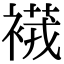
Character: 𧜆